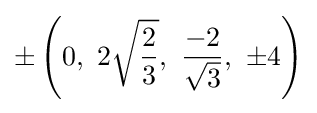
\pm \left(0,\ 2{\sqrt {\frac {2}{3}}},\ {\frac {-2}{\sqrt {3}}},\ \pm 4\right)